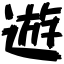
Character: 遊